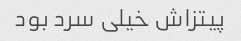
پیتزاش خیلی سرد بود